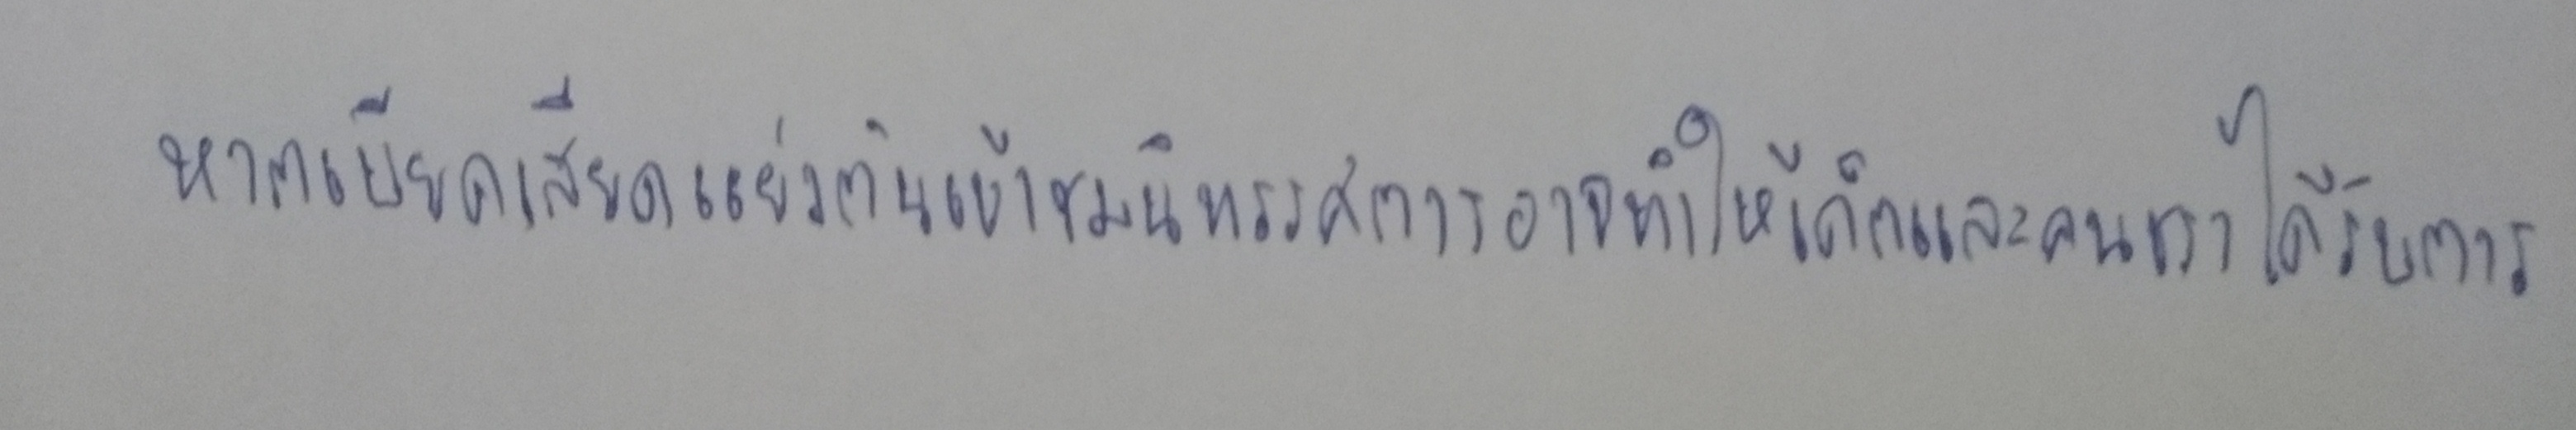
หากเบียดเสียดแย่งกันเข้าชมนิทรรศการอาจทำให้เด็กและคนชราได้รับการ